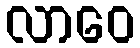
လာဝေ